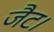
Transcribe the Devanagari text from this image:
जैट।